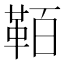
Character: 𩊘